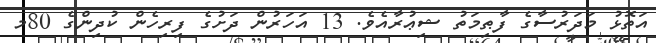
އަތޮޅު މަދަރުސާގެ ފާޠިމަތު ޝިޢުރާއެވެ. 13 އަހަރުން ދަށުގެ ފިރިހެން ކުދިންގެ 80މ